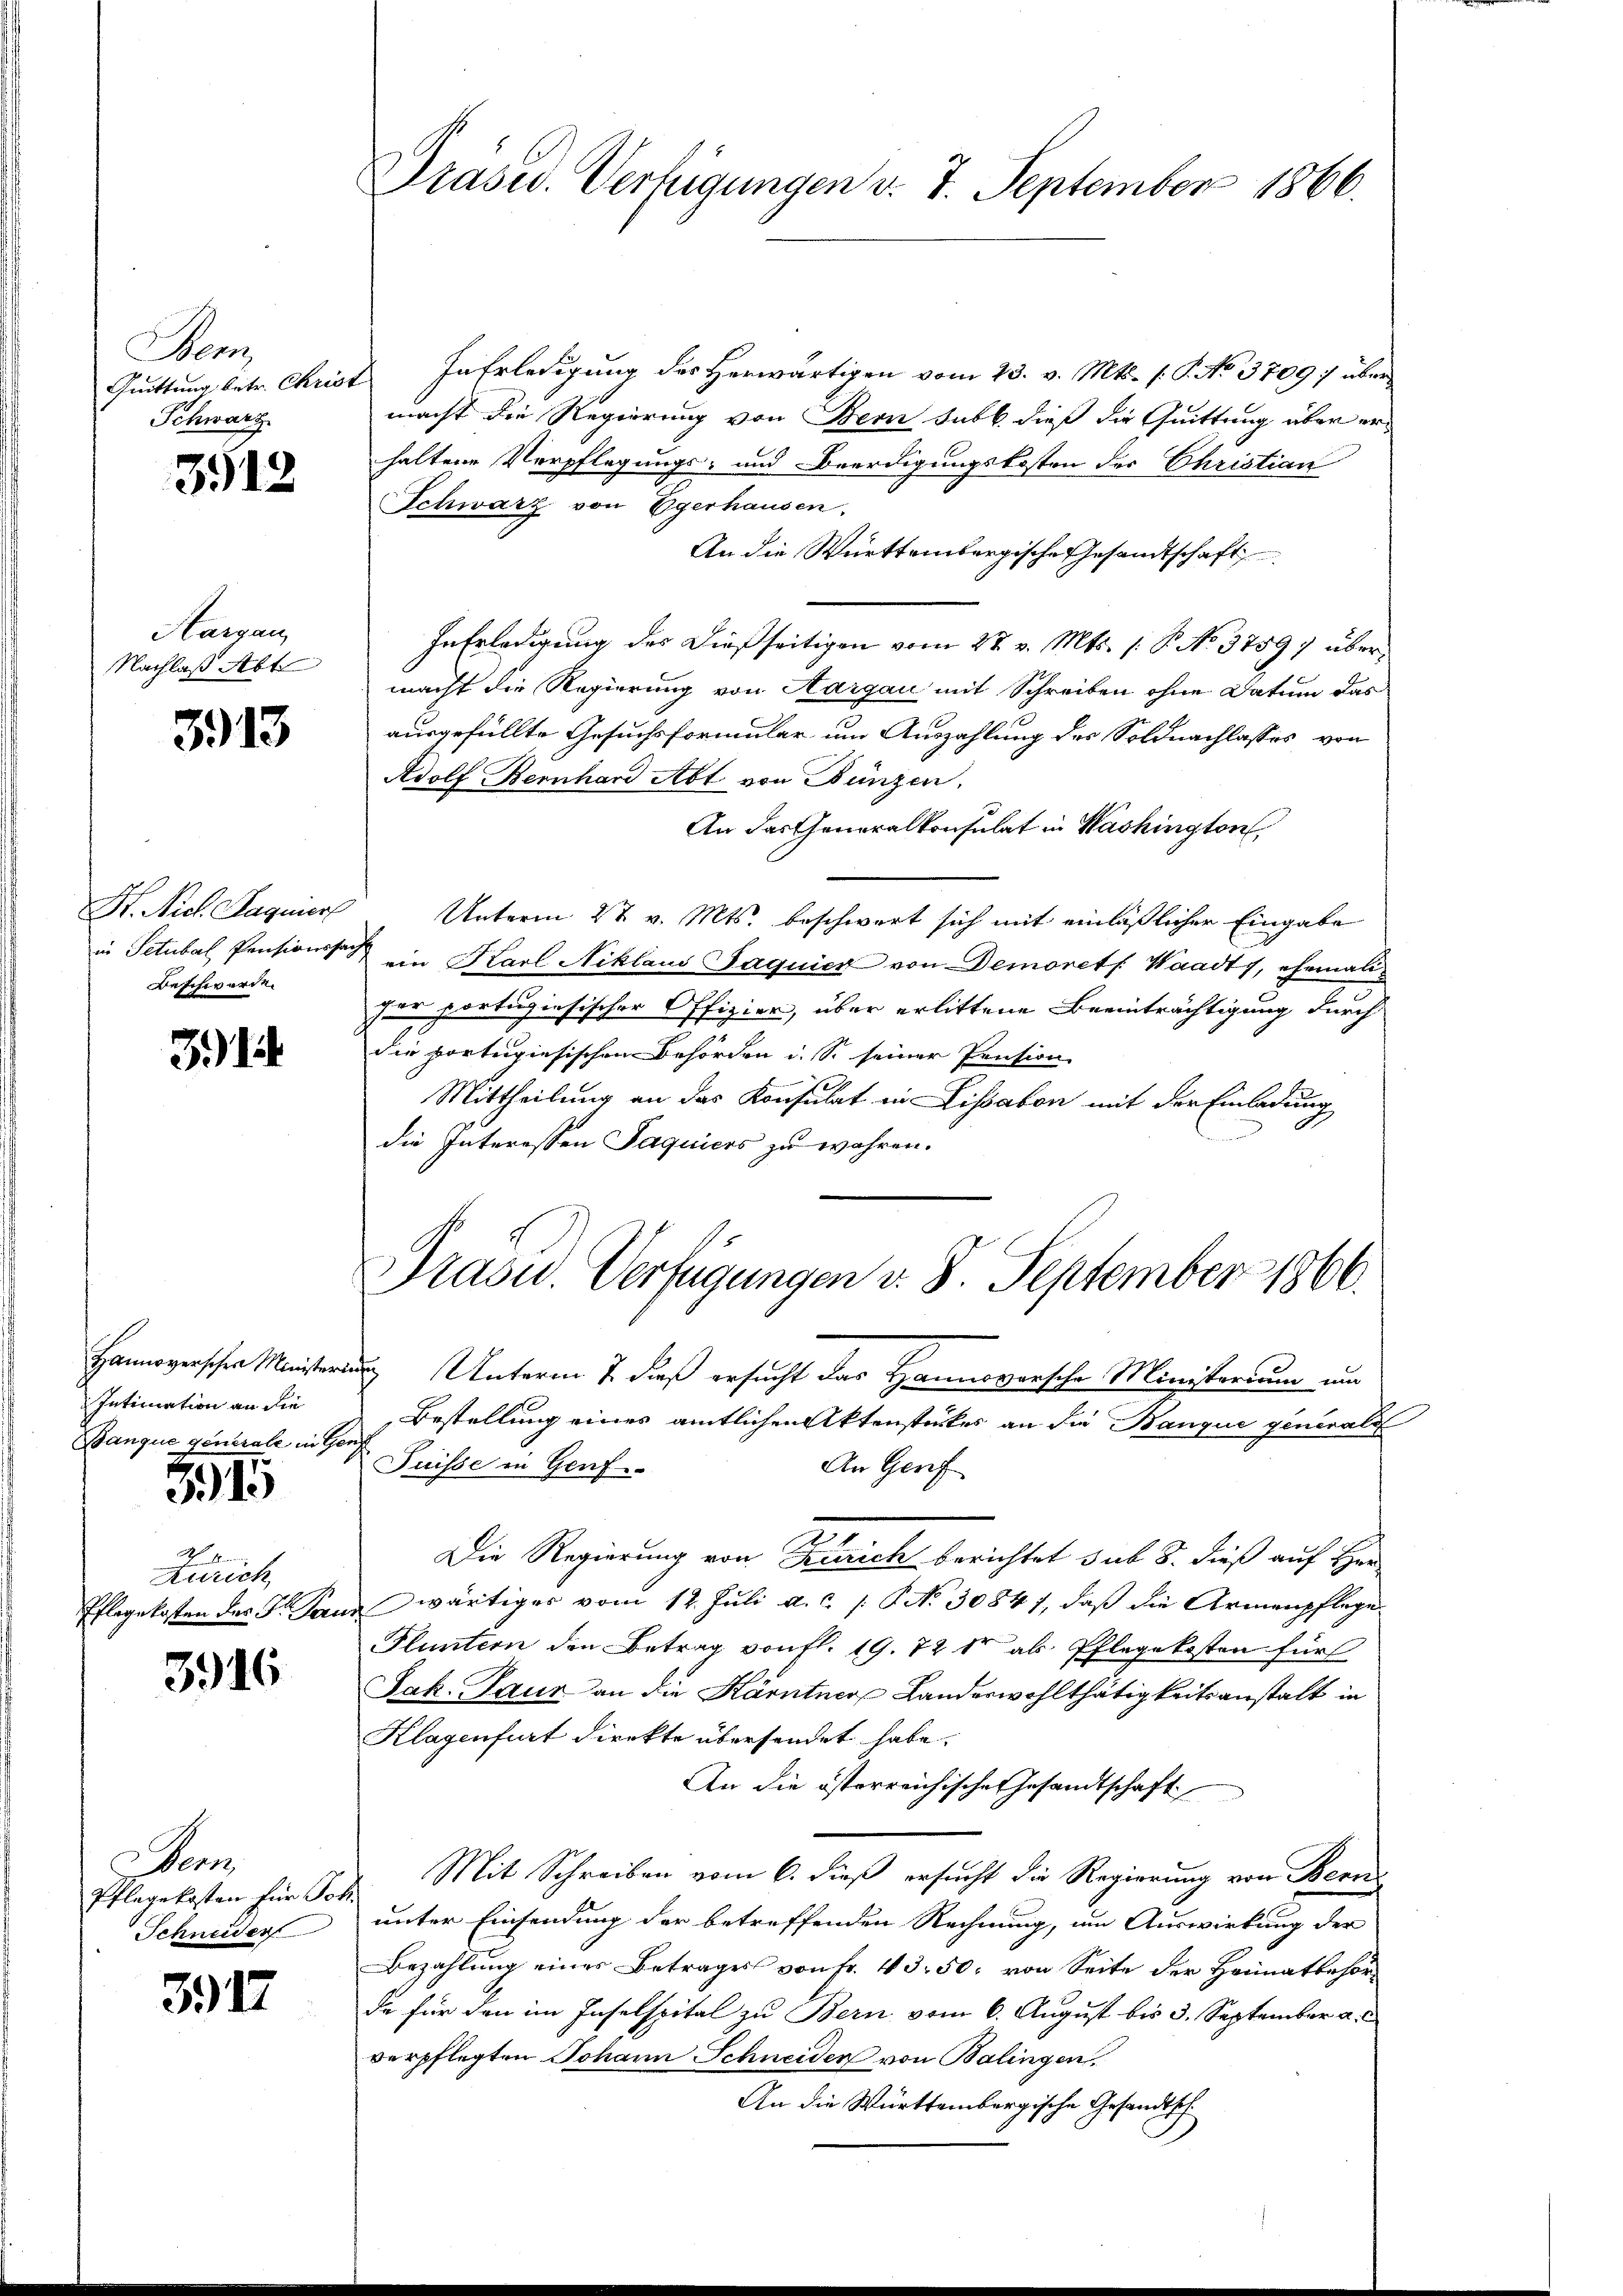
Menz
Quittung betr. Christ
Schwarz

3912

Aargau
Nachlaß Abt

3913

H. Nicl. Sagnier
in Petubal Pensionssac
Beschwerden

314

Intimation an die
Banque generale in Genf

315

N 6
Arrrich

3916

G. der
Schneider

3917

Präsid. Verfügungen v. 7. September 1866.

Präsid.. Verfügungen v. 8. September 1866.
Hannoverschen Ministerung Unterm 7. daß ersucht das Hannoversche Ministerium um
Bestellung eines amtlichen Aktenstückes an die Banque generals

Puisse in Genf
An Genf
Die Regierung von Zürich berichtet sub 8. dieß auf Her
Pflegekosten des G. Sanwärtiges vom 12. Jŭli a.c. /: No 30847, daβ die Armenpflege
Fluntern den Betrag von fl. 19. 72 st als Pflegekosten für
Jak. Paur an die Kärntner Landeswohlthätigkeitsanstalt in
Klagenfurt direkte übersendet habe.
An die österreichischen Gesandtschaft
Pflegekosten für Joh. Mit Schreiben vom 6. dieß ersucht die Regierung von Berne
unter Einsendung der betreffenden Rechnung, um Auswirkung der
Bezahlung eines Betrages von Fr. 43. 50. von Seite der Heimatbehörde für den im Inselspital zu Bern vom 6. August bis 3. September a.
verpflegten Johann Schneiden von Balingen.
An die Württembergische Gesandtsch

In Erledigung des Herwärtigen vom 23. v. Mts. (T. No 37097 über
macht die Regierung von Bern sub b. dieß die Quittung über erhaltene Verpflegungs- und Beerdigungskosten der Christian
Schwarz von Egerhausen,
An die Württembergische Gesandtschaft
In Erledigung des dießseitigen vom 27. v. Mts. 1. P. No 37597 übermacht die Regierung von Aargau mit Schreiben ohne Datum das
ausgefüllte Gesuchsformular um Auszahlung des Soldnachlasses von
Adolf Bernhard Abt von Bünzen.
An das Generalkonsulat in Washington,
Unterm 27. v. Mts. beschwert sich mit einläßlicher Eingabe
 ein Karl Niklaus Jaquier von Demorets. Waadt, ehemaliper portugiesischer Offizier, über erlittene Beeinträchtigung durch
die portugiesischen Behörden i. S. seiner Pension.
Mittheilung an das Konsulat in Lissabon mit der Einladung
die Interessen Jaquiers zu wahren.